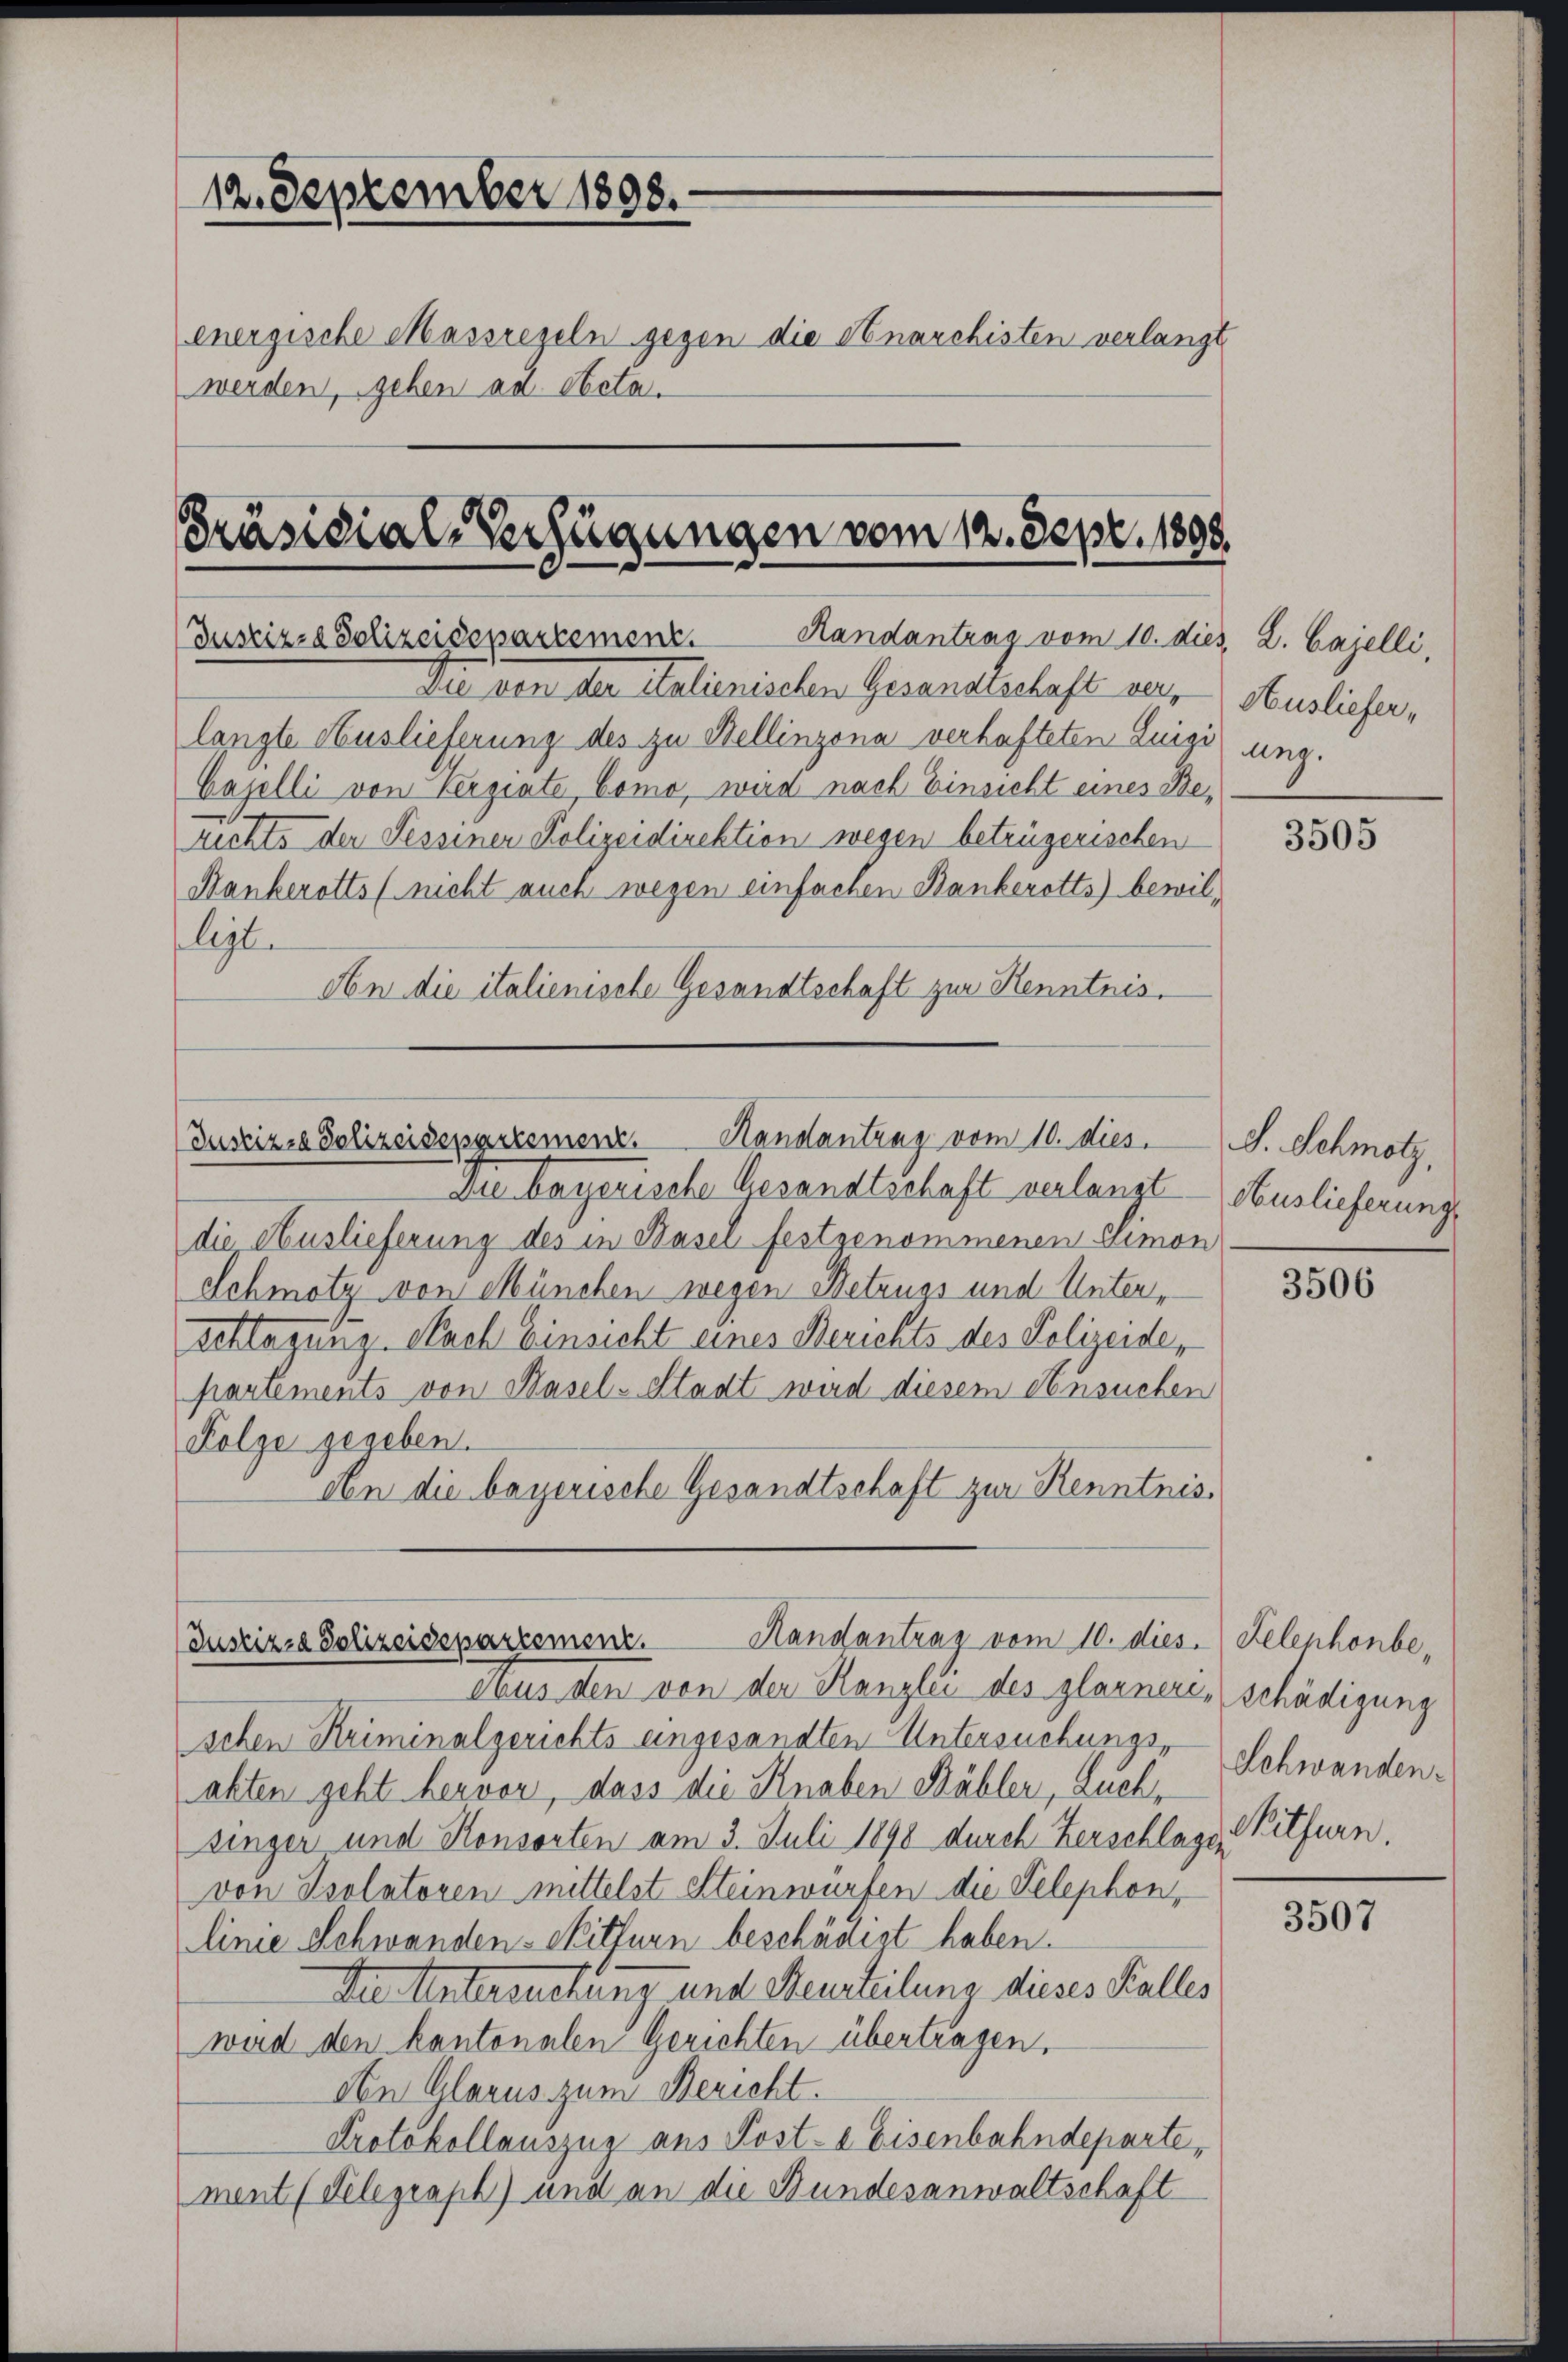
12. September 1898.
energische Massregeln gegen die Anarchisten verlangt
werden, gehen ad Acta.

Präsidial-Verfügungen vom 12. Sept. 1808.
Justiz- & Polizeidepartemenz. Randantrag vom 10. dies, L. Cajelli
Die von der Italienischen Gesandtschaft ver, Ausliefer,

(Justiz- Polizeidepartement.
Handantrag vom 10. dies. S. Schmotz,

Handantrag vom 10. dies. Telenhonbe,
(Justizza Polizeidepartement.

langte Auslieferung des zu Bellinzona verhafteten Luigi ung.
Cazelli von Verziate Como, wird nach Einsicht eines Berichts der Tessiner Polizeidirektion wegen betrügerischen
Hankerotts (nicht auch wegen einfachen Bankerotts) bewilligt.
An die italienische Gesandtschaft zur Kenntnis.

Die bayerische Gesandtschaft verlangt Auslieferung
die Auslieferung des in Basel festgenommenen Elimon
Schmötz von München wegen Betrugs und Unterschlagung. Nach Einsicht eines Berichts des Polizeide,
partements von Hasel-Stadt wird diesem Ansuchen
Folge gegeben.
An die bayerische Gesandtschaft zur Kenntnis¬

Aus den von der Kanzlei des glarnere schädigung
schen Kriminalgerichts eingesandten Untersuchungsakten geht hervor, dass die Knaben Bäbler, Luch,
singer und Konsorten am 3. Juli 1890 durch Zerschlagen Pitfurn.
von Isolatoren mittelst Steinwürfen die Telephon,
linie Schwanden-Mitfern beschädigt haben.
Die Untersuchung und Heurteilung dieses Kalles
wird den kantonalen Gerichten übertragen.
An Glarus zum Bericht.
Protokollauszug aus Post- & Eisenbahndeparte,
ment (Telegraph) und an die Bundesanwaltschaft

3505

3506

Schwanden.

3507